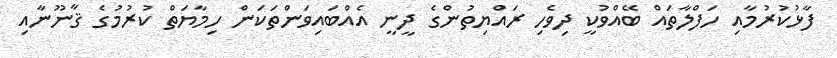
ފާޅުކުރުމާއި ހަފްލާތައް ބޭއްވުކީ ދިވެހި ރައްޔިތުންގެ ދީނީ އެއްބައިވަންތަކަން ހިމާޔަތް ކުރުމުގެ ޤާނޫނާއި